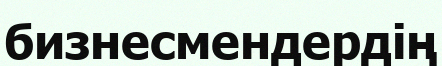
бизнесмендердің